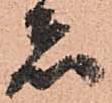
者